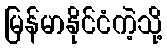
မြန်မာနိုင်ငံကဲ့သို့